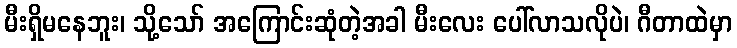
မီးရှိမနေဘူး၊ သို့သော် အကြောင်းဆုံတဲ့အခါ မီးလေး ပေါ်လာသလိုပဲ၊ ဂီတာထဲမှာ